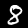
Label: 8